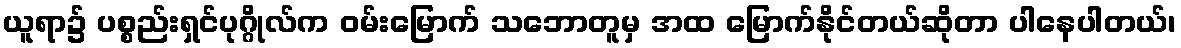
ယူရာ၌ ပစ္စည်းရှင်ပုဂ္ဂိုလ်က ဝမ်းမြောက် သဘောတူမှ အထ မြောက်နိုင်တယ်ဆိုတာ ပါနေပါတယ်၊